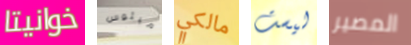
خوانيتا ميئوس مالكي ليست المصير